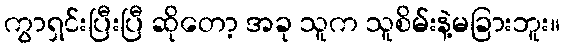
ကွာရှင်းပြီးပြီ ဆိုတော့ အခု သူက သူစိမ်းနဲ့မခြားဘူး။